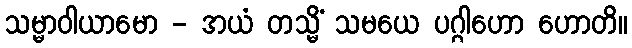
သမ္မာဝါယာမော - အယံ တသ္မိံ သမယေ ပဂ္ဂါဟော ဟောတိ။